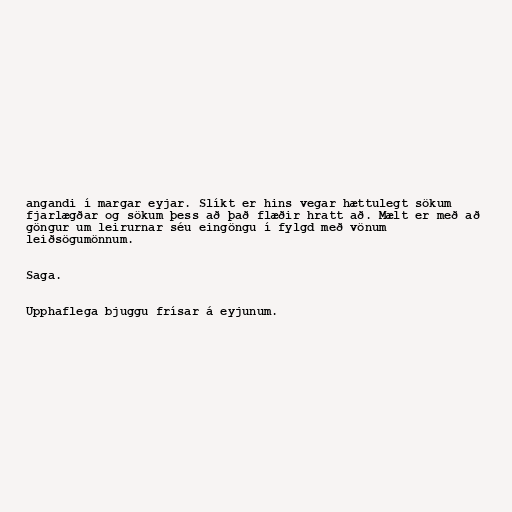
angandi í margar eyjar. Slíkt er hins vegar hættulegt sökum
fjarlægðar og sökum þess að það flæðir hratt að. Mælt er með að
göngur um leirurnar séu eingöngu í fylgd með vönum
leiðsögumönnum.

Saga.

Upphaflega bjuggu frísar á eyjunum.